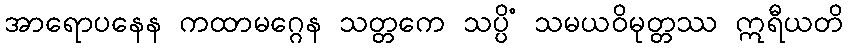
အာရောပနေန ကထာမဂ္ဂေန သတ္တကေ သပ္ပိံ သမယဝိမုတ္တဿ ဣရီယတိ